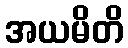
အယမိတိ